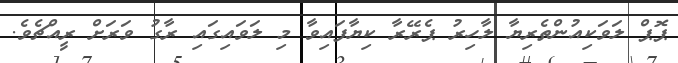
ޕޮޕް ލަވަކިއުންތެރިޔާ ލާހިރު ޕެރޭރާ ކިޔާފައިވާ މި ލަވައިގައި ރާގު ވަރަށް ރީއްޗެވެ.